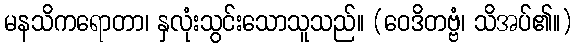
မနသိကရောတာ၊ နှလုံးသွင်းသောသူသည်။ (ဝေဒိတဗ္ဗံ၊ သိအပ်၏။)